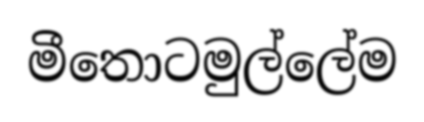
මීතොටමුල්ලේම